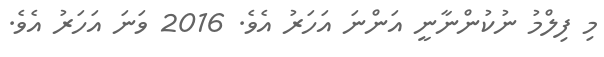
މި ފިލްމު ނުކުންނާނީ އަންނަ އަހަރު އެވެ. 2016 ވަނަ އަހަރު އެވެ.